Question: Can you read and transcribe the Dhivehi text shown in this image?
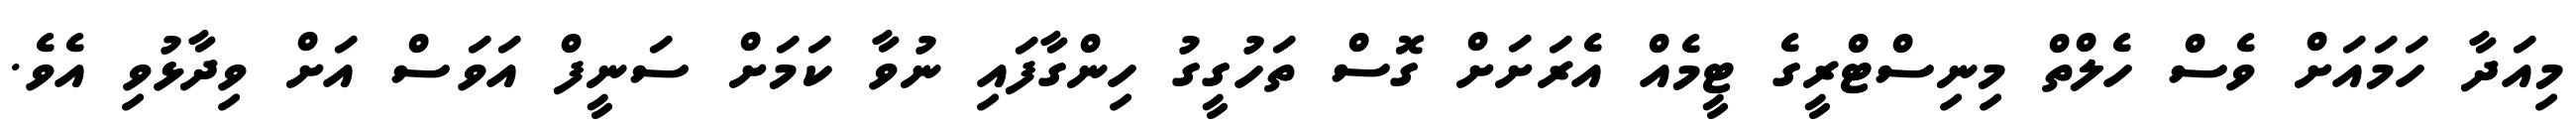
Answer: މިއަދާ ހަމައަށް ވެސް ހެލްތް މިނިސްޓްރީގެ ޓީމެއް އެރަށަށް ގޮސް ތަހުގީގު ހިންގާފައި ނުވާ ކަމަށް ސަނީފް އަވަސް އަށް ވިދާޅުވި އެވެ.